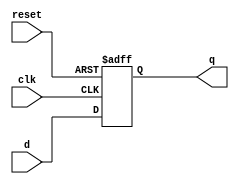
module dff_preset (
    input reset, // Asynchronous preset input
    input clk, // Clock input
    input d, // Data input
    output reg q // Output
);

always @ (posedge clk or posedge reset)
begin
    if (reset)
        q <= 1'b1; // Set output to 1 if preset input is active
    else
        q <= d; // Store input data on rising edge of clock
end

endmodule